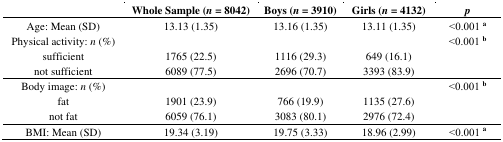
<table><thead><tr><td></td><td><b>Whole Sample (<i>n</i> = 8042)</b></td><td><b>Boys (<i>n</i> = 3910)</b></td><td><b>Girls (<i>n</i> = 4132)</b></td><td><b><i>p</i></b></td></tr></thead><tbody><tr><td>Age: Mean (SD)</td><td>13.13 (1.35)</td><td>13.16 (1.35)</td><td>13.11 (1.35)</td><td>˂0.001 <sup>a </sup></td></tr><tr><td>Physical activity: <i>n</i> (%)</td><td></td><td></td><td></td><td>˂0.001 <sup>b </sup></td></tr><tr><td>sufficient</td><td>1765 (22.5)</td><td>1116 (29.3)</td><td>649 (16.1)</td><td></td></tr><tr><td>not sufficient</td><td>6089 (77.5)</td><td>2696 (70.7)</td><td>3393 (83.9)</td><td></td></tr><tr><td>Body image: <i>n</i> (%)</td><td></td><td></td><td></td><td>˂0.001 <sup>b</sup></td></tr><tr><td>fat</td><td>1901 (23.9)</td><td>766 (19.9)</td><td>1135 (27.6)</td><td></td></tr><tr><td>not fat</td><td>6059 (76.1)</td><td>3083 (80.1)</td><td>2976 (72.4)</td><td></td></tr><tr><td>BMI: Mean (SD)</td><td>19.34 (3.19)</td><td>19.75 (3.33)</td><td>18.96 (2.99)</td><td>˂0.001 <sup>a</sup></td></tr></tbody></table>